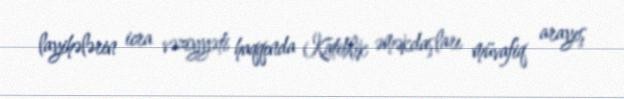
layihələrin icra vəziyyəti haqqında Katiblik əməkdaşları müvafiq arayış